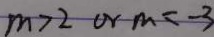
m > 2 o r m = - 3